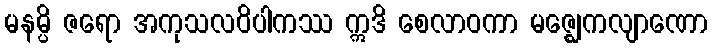
မနမ္ပိ ဇရော အကုသလဝိပါကဿ ဣဒိ စေလာဝကာ မဇ္ဈေကလျာဏော